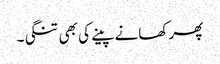
پھر کھانے پینے کی بھی تنگی۔